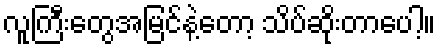
လူကြီးတွေအမြင်နဲ့တော့ သိပ်ဆိုးတာပေါ့။